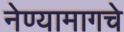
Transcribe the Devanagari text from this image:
नेण्यामागचे